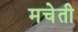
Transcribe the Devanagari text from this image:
मचेती